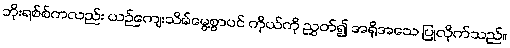
ဘိုးရစ်စ်ကလည်း ယဉ်ကျေးသိမ်မွေ့စွာပင် ကိုယ်ကို ညွှတ်၍ အရိုအသေ ပြုလိုက်သည်။